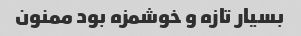
بسیار تازه و خوشمزه بود ممنون